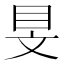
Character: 𥄐